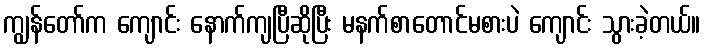
ကျွန်တော်က ကျောင်း နောက်ကျပြီဆိုပြီး မနက်စာတောင်မစားပဲ ကျောင်း သွားခဲ့တယ်။